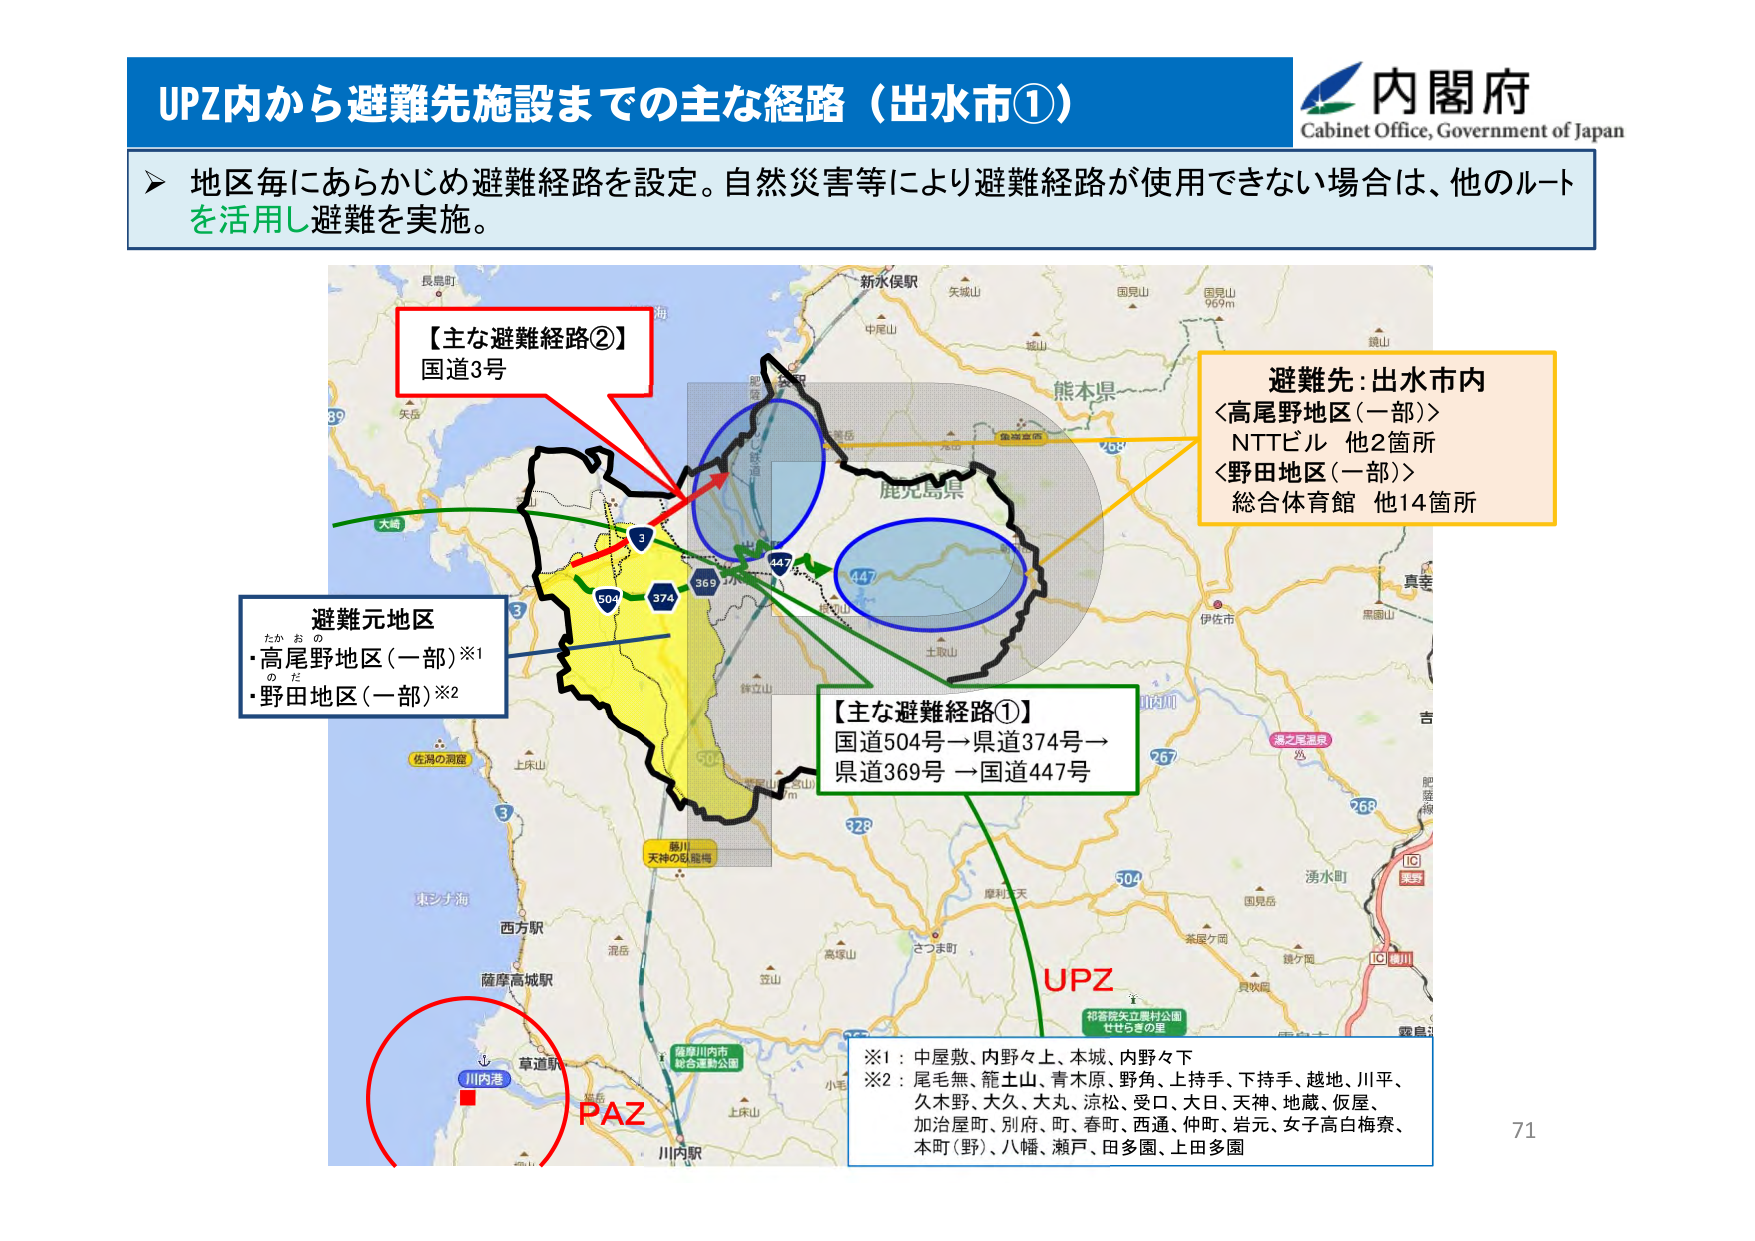
UPZ内から避難先施設までの主な経路（出水市①）

内閣府
Cabinet Office, Government of Japan

▶ 地区毎にあらかじめ避難経路を設定。自然災害等により避難経路が使用できない場合は、他のルートを活用し避難を実施。

【主な避難経路②】
国道3号

避難元地区
・高尾野地区（一部）※1
・野田地区（一部）※2

【主な避難経路①】
国道504号→県道374号→
県道369号 →国道447号

避難先：出水市内
＜高尾野地区（一部）＞
NTTビル 他2箇所
＜野田地区（一部）＞
総合体育館 他14箇所

※1：中屋敷、内野々上、本城、内野々下
※2：尾毛無、籠土山、青木原、野角、上持手、下持手、越地、川平、
久木野、大久、大丸、涼松、受口、大日、天神、地蔵、仮屋、
加治屋町、別府、町、春町、西通、仲町、岩元、女子高白梅寮、
本町（野）、八幡、瀬戸、田多園、上田多園

UPZ
PAZ

川内港
草道駅
川内駅

長島町
矢岳
海
新水俣駅
矢城山
国見山
969m
鏡山
熊本県
鹿児島県
土取山
伊佐市
黒御山
吉
湧水町
国見岳
茶屋ケ岡
鏡ケ岡
具吹岡
霧島
佐瀬の洞窟
上床山
東シナ海
西方駅
混岳
薩摩高城駅
錦川
天神の臥龍崎
小毛
上床山
笠山
高塚山
さつま町
摩利支天
504
328
267
268
IC
栗野
IC
川内
神奈川市
総合運動公園
祁答院矢立農村公園
せせらぎの里

71